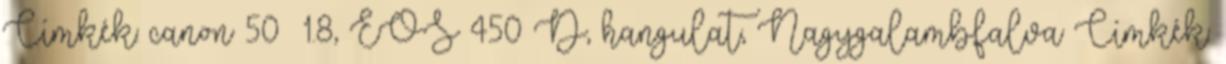
Címkék: canon 50 1.8, EOS 450 D, hangulat, Nagygalambfalva Címkék: